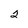
Character: 2